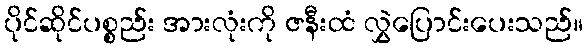
ပိုင်ဆိုင်ပစ္စည်း အားလုံးကို ဇနီးထံ လွှဲပြောင်းပေးသည်။